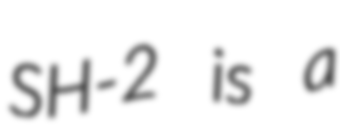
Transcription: SH-2 is a